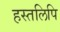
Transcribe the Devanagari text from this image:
हस्‍तलिपि